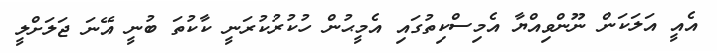
އެއީ އަލަކަން ނޫންވިއްޔާ އެމިސްކިތުގައި އެމީޙުން ހުކުރުކުރަނީ ކާކުތަ ބުނީ އޭނަ ޖަލަށްލީ